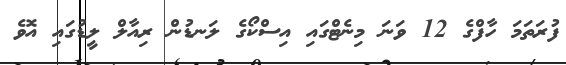
ފުރަތަމަ ހާފްގެ 12 ވަނަ މިނެޓްގައި އިސްކޯގެ ލަނޑުން ރިއާލް ލީޑުގައި އޮވެ